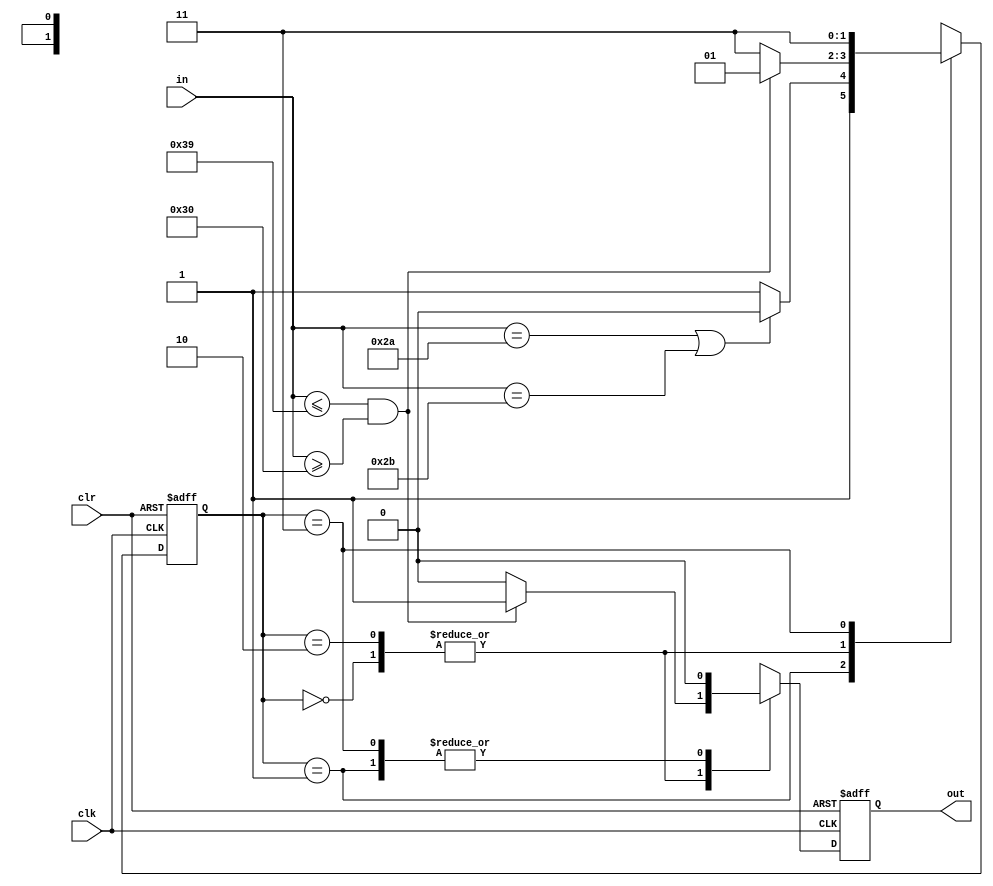
`timescale 1ns / 1ps
//////////////////////////////////////////////////////////////////////////////////
// Company: 
// Engineer: 
// 
// Design Name: 
// Module Name:    string 
// Project Name: 
// Target Devices: 
// Tool versions: 
// Description: 
//
// Dependencies: 
//
// Revision: 
// Revision 0.01 - File Created
// Additional Comments: 
//
//////////////////////////////////////////////////////////////////////////////////
module string(
    input clk,
    input clr,
    input [7:0] in,
    output reg out
    );

	parameter 
		S0 = 2'b00,//
		S1 = 2'b01,
		S2 = 2'b10,
		S3 = 2'b11;
	
	reg [1:0] state = S0;
	initial out = 0;
	
	always @(posedge clk or posedge clr) begin
		if(clr) begin //
			state <= S0;
			out <= 0;
		end
		else begin
			case(state)
				S0:
					if(in <= 8'b00111001 && in >= 8'b00110000) begin
						state <= S1;
						out <= 1;
					end
					else begin
						state <= S3;
						out <= 0;
					end
				S1:
					if(in == 8'b00101010 || in == 8'b00101011) begin
						state <= S2;
						out <= 0;
					end
					else begin
						out <= 0;
						state <= S3;
					end
				S2:
					if(in <= 8'b00111001 && in >= 8'b00110000) begin
						state <= S1;
						out <= 1;
					end
					else begin
						out <= 0;
						state <= S3;
					end
				S3: begin
					out <= 0;
					state <= S3;
					end
				default: begin
					out <= 0;
					state <= 2'bx;
					end
			endcase
		end
	end
endmodule